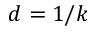
d = 1 / k